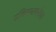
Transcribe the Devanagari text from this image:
प्रतिस्थापनेचा